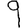
Digit: 9